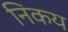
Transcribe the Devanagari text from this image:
निकय